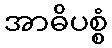
အာဓိပစ္စံ